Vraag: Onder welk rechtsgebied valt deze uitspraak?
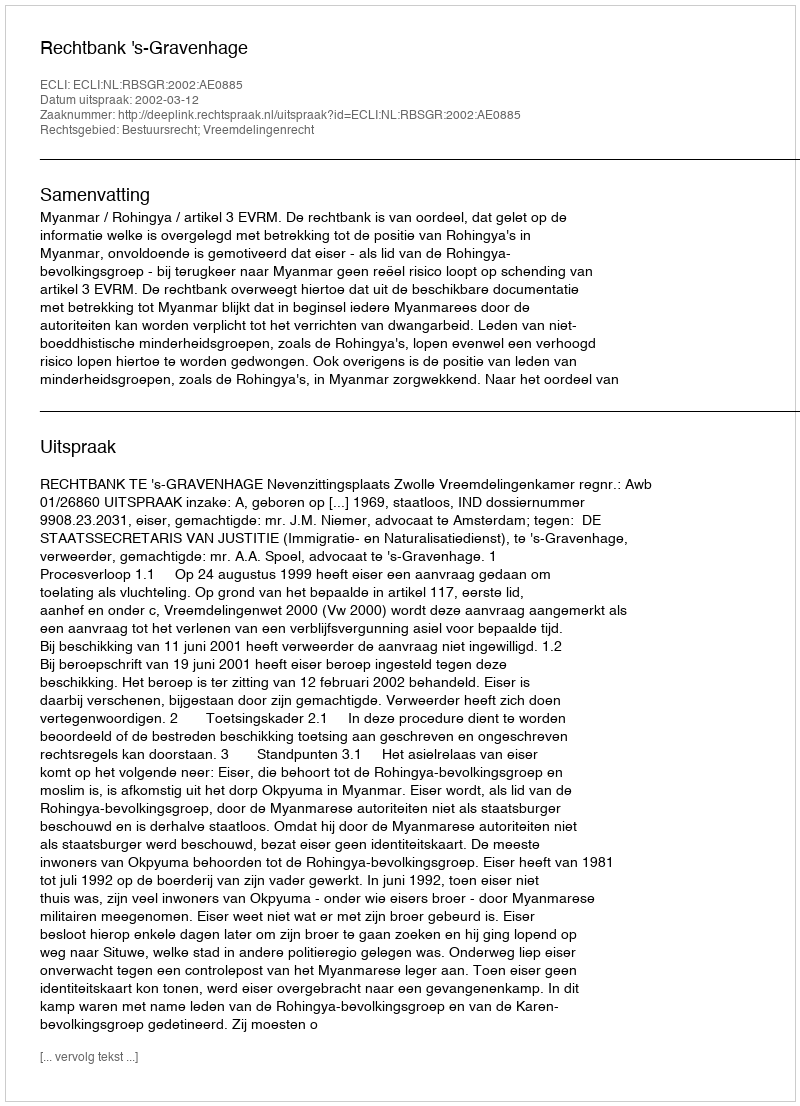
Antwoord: Bestuursrecht; Vreemdelingenrecht